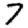
Digit: 7